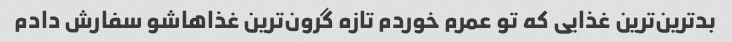
بدترین‌ترین غذایی که تو عمرم خوردم تازه گرون‌ترین غذاهاشو سفارش دادم